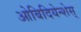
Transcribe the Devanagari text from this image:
ओबिदियेन्शेस्